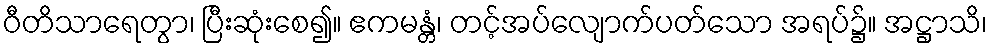
ဝီတိသာရေတွာ၊ ပြီးဆုံးစေ၍။ ဧကမန္တံ၊ တင့်အပ်လျောက်ပတ်သော အရပ်၌။ အဋ္ဌာသိ၊